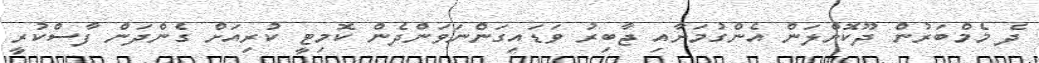
ދެ މެމްބަރުން ދޫކޮށްލަން އެންގުމަށާއި ޖާބިރު ވަޑައިގަންނަވަންދެން ކޮމިޓީ ކުރިއަށް ގެންދަން ފާސްކުރީ